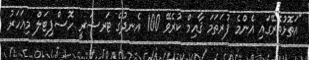
"އަތޮޅުތެރޭގައި އެންމެ ފުރަތަމަ ޤާއިމް ކުރެވޭ 100 އެނދުގެ ޓަރޝަރީ ހޮސްޕިޓަލް މިއަހަރު